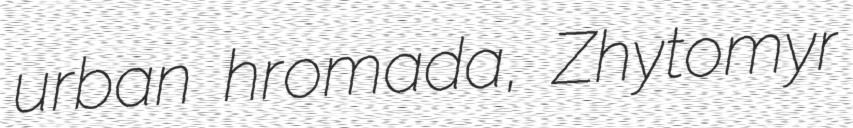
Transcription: urban hromada, Zhytomyr